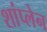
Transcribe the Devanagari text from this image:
शांप्लेन